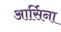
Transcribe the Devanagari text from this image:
आर्सिना